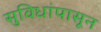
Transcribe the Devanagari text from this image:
सुविधांपासून